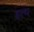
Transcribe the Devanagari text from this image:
हत्थ